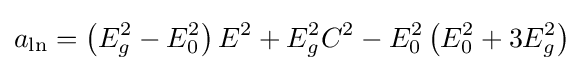
a_{\mathrm {ln} }=\left(E_{g}^{2}-E_{0}^{2}\right)E^{2}+E_{g}^{2}C^{2}-E_{0}^{2}\left(E_{0}^{2}+3E_{g}^{2}\right)